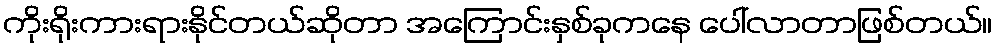
ကိုးရိုးကားရားနိုင်တယ်ဆိုတာ အကြောင်းနှစ်ခုကနေ ပေါ်လာတာဖြစ်တယ်။